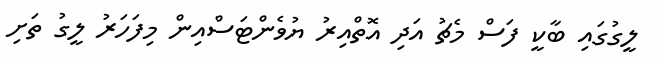
ލީގުގައި ބާކީ ފަސް މެޗު އަދި އޮތްއިރު ޔުވެންޓަސްއިން މިފަހަރު ލީގު ތަށި